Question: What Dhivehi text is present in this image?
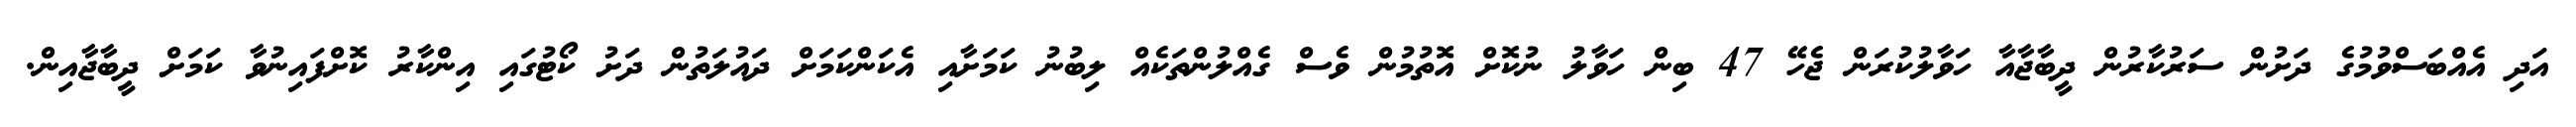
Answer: އަދި އެއްބަސްވުމުގެ ދަށުން ސަރުކާރުން ދީބާޖާއާ ހަވާލުކުރަން ޖެހޭ 47 ބިން ހަވާލު ނުކޮށް އޮތުމުން ވެސް ގެއްލުންތަކެއް ލިބުނު ކަމަށާއި އެކަންކަމަށް ދައުލަތުން ދަށު ކޯޓުގައި އިންކާރު ކޮށްފައިނުވާ ކަމަށް ދީބާޖާއިން.